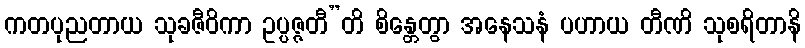
ကတပုညတာယ သုခဇီဝိကာ ဥပ္ပဇ္ဇတီ”တိ စိန္တေတွာ အနေသနံ ပဟာယ တီဏိ သုစရိတာနိ